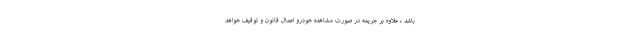
باشد ، علاوه بر جریمه در صورت مشاهده خودرو اعمال قانون و توقیف خواهد